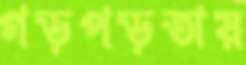
গড়পড়তায়